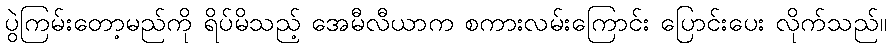
ပွဲကြမ်းတော့မည်ကို ရိပ်မိသည့် အေမီလီယာက စကားလမ်းကြောင်း ပြောင်းပေး လိုက်သည်။